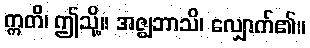
ဣတိ၊ ဤသို့။ အဇ္ဈဘာသိ၊ လျှောက်၏။